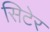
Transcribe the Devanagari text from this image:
सिटेर